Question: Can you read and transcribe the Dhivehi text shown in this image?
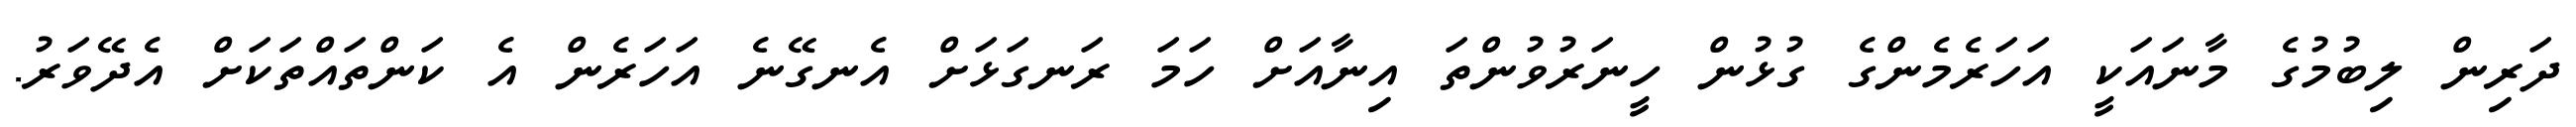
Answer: ދަރިން ލިބުމުގެ މާނައަކީ އަހަރެމެންގެ ގުޅުން ހީނަރުވުންތަ އިނާއަށް ހަމަ ރަނގަޅަށް އެނގޭނެ އަހަރެން އެ ކަންތައްތަކަށް އެދޭވަރު.